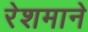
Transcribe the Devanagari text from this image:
रेशमाने